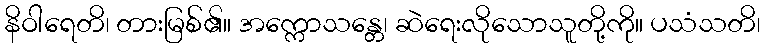
နိဝါရေတိ၊ တားမြစ်၏။ အက္ကောသန္တေ၊ ဆဲရေးလိုသောသူတို့ကို။ ပသံသတိ၊